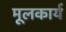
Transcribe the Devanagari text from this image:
मूलकार्य